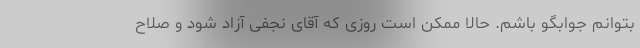
بتوانم جوابگو باشم. حالا ممکن است روزی که آقای نجفی آزاد شود و صلاح